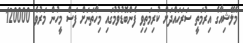
މެލޭޝިއާގެ އިރުމަތީ ސަރަހައްދަށް ކުރިމަތިވި ފެންބޮޑުވުމުގައި މިހާތަނަށް ފަސް މީހުން މަރުވެ 120000